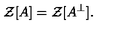
{ \mathcal Z } [ A ] = { \mathcal Z } [ A ^ { \perp } ] .